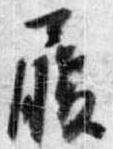
履